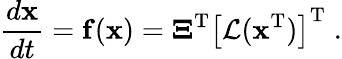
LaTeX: \frac{d{\mathbf x}}{dt}={\mathbf f}({\mathbf x})={\mathbf\Xi}^{\mathrm{T}}\left[{\cal L}({\mathbf x}^{\mathrm{T}})\right]^{\mathrm{T}}\; .